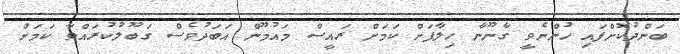
ބަންދުކޮށްފައި ހުންނެވީ ގާނޫނާ ހިލާފަށް ކަމަށް ރައީސް މައުމޫން އަބަދުވެސް ގަބޫލުކުރައްވާ ކަމަށް